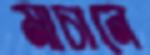
মাচানে